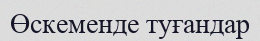
Өскеменде туғандар